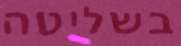
בשליטה